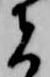
者